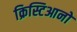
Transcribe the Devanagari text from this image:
क्रिस्टिआनो